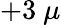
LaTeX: +3~\mu